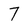
Character: 7